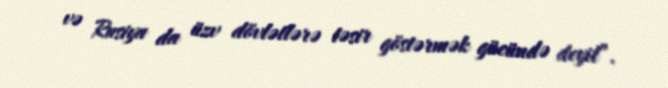
və Rusiya da üzv dövlətlərə təsir göstərmək gücündə deyil”.